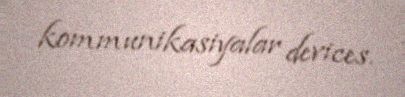
kommunikasiyalar devices.